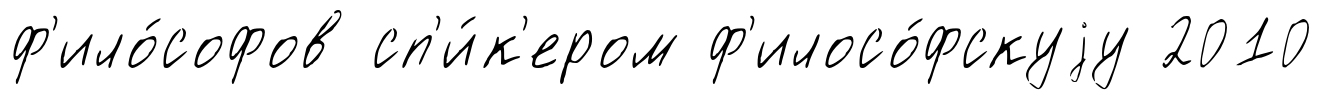
ф'ило́софов сп'и́к'ером ф'илосо́фскуjу 2010